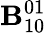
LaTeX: {\cal\mathbf{B}}_{10}^{01}